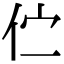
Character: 伫